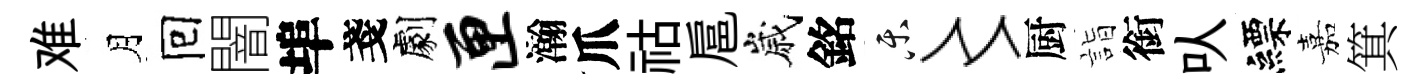
难月囘闇埠戔劇匣瀚爪祜扈嵗銘乐〻厨詣銜㕥縹嘉箕